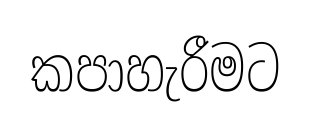
කපාහැරීමට